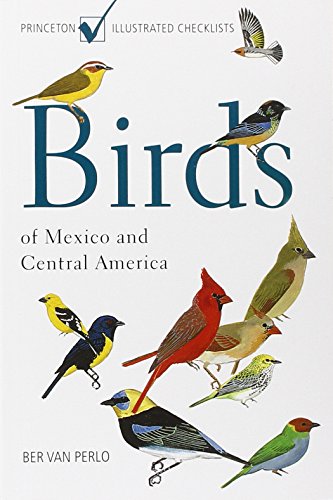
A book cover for Birds of Mexico and Central America: (Princeton Illustrated Checklists); Ber van Perlo; Science & Math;